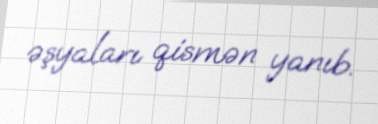
əşyaları qismən yanıb.